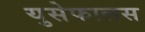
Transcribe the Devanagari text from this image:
युसेफालस